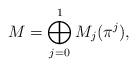
LaTeX: \begin{align*} M=\bigoplus_{j=0}^1 M_j(\pi^j),\end{align*}